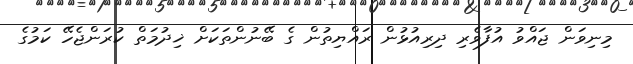
މިނިވަން ޖައްވު އުފާވެރި ދިރިއުޅުން ރައްޔިތުން ގެ ބޭނުންތަކަށް ޚިދުމަތް ކުރަންޖެހޭ ކަމުގެ